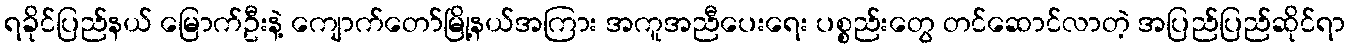
ရခိုင်ပြည်နယ် မြောက်ဦးနဲ့ ကျောက်တော်မြို့နယ်အကြား အကူအညီပေးရေး ပစ္စည်းတွေ တင်ဆောင်လာတဲ့ အပြည်ပြည်ဆိုင်ရာ